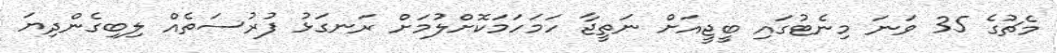
މެޗުގެ 35 ވަނަ މިނެޓުގައި ބީޖީއަށް ނަތީޖާ ހަމަހަމަކޮށްލުމަށް ރަނގަޅު ފުރުސަތެއް ލިބިގެންދިޔަ